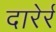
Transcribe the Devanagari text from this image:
दारेर्र